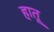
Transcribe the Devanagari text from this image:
हातू